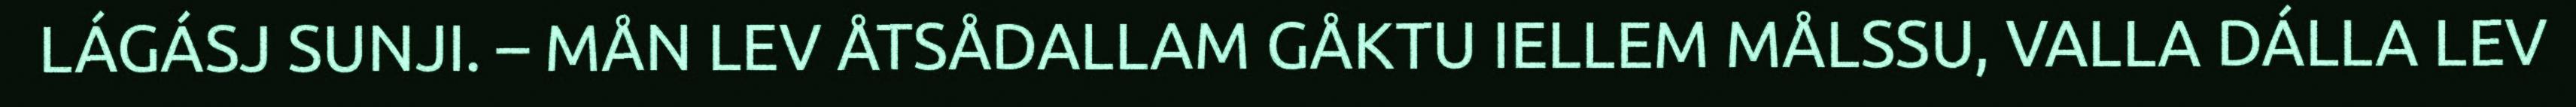
LÁGÁSJ SUNJI. – MÅN LEV ÅTSÅDALLAM GÅKTU IELLEM MÅLSSU, VALLA DÁLLA LEV